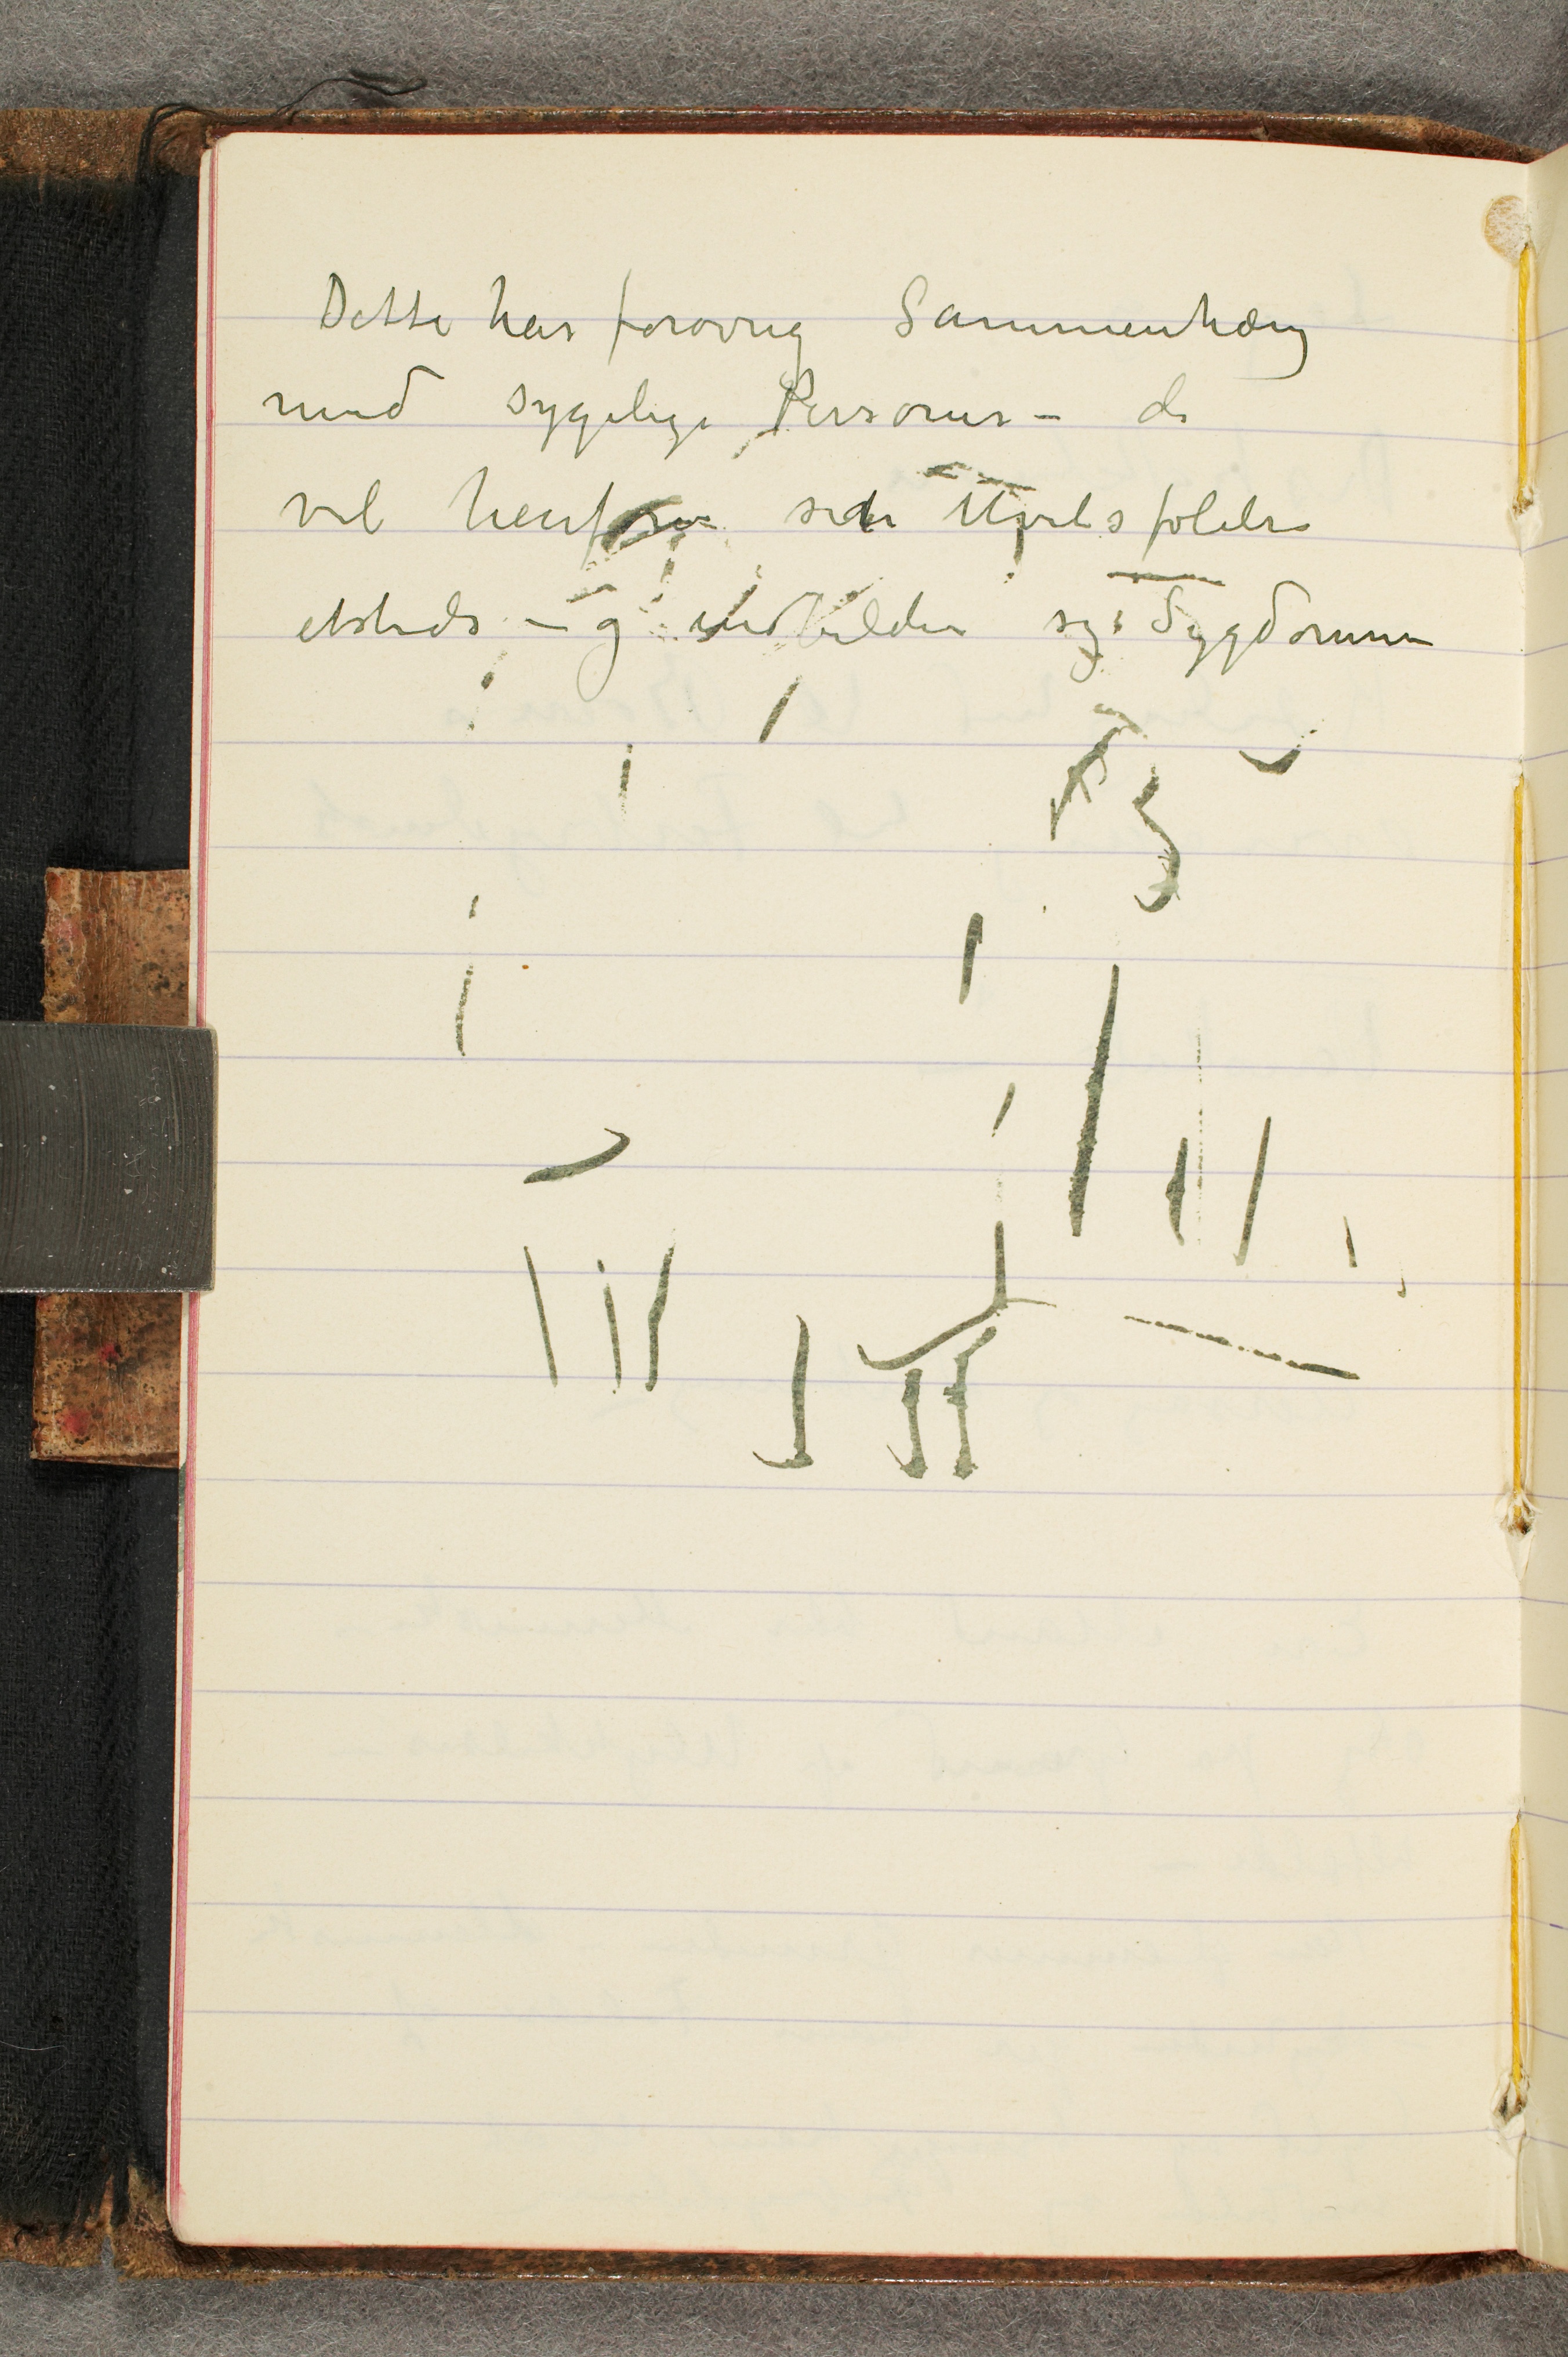
Dette har forøvrig Sammenhæng
med sygelige Personer – de
vil henføre densin Uvelsfølelse
etsteds – og indbilder sig Sygdomme